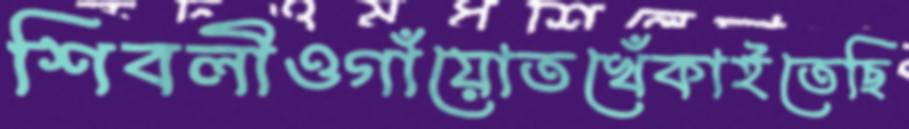
শিবলীওগাঁয়োতখেঁকাইতেছি